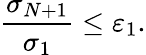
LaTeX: \frac{\sigma_{N+1}}{\sigma_{1}}\leq\varepsilon_{1}.